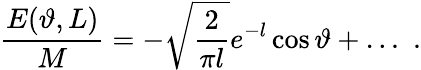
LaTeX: \frac{E(\vartheta,L)}{M}=-\sqrt{\frac{2}{\pi l}}e^{-l}\cos\vartheta+\ldots\, \, .